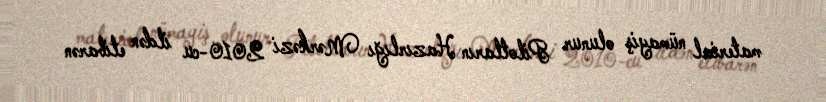
material nümayiş olunur Pilotların Hazırlığı Mərkəzi 2010-cu ildən etibarən